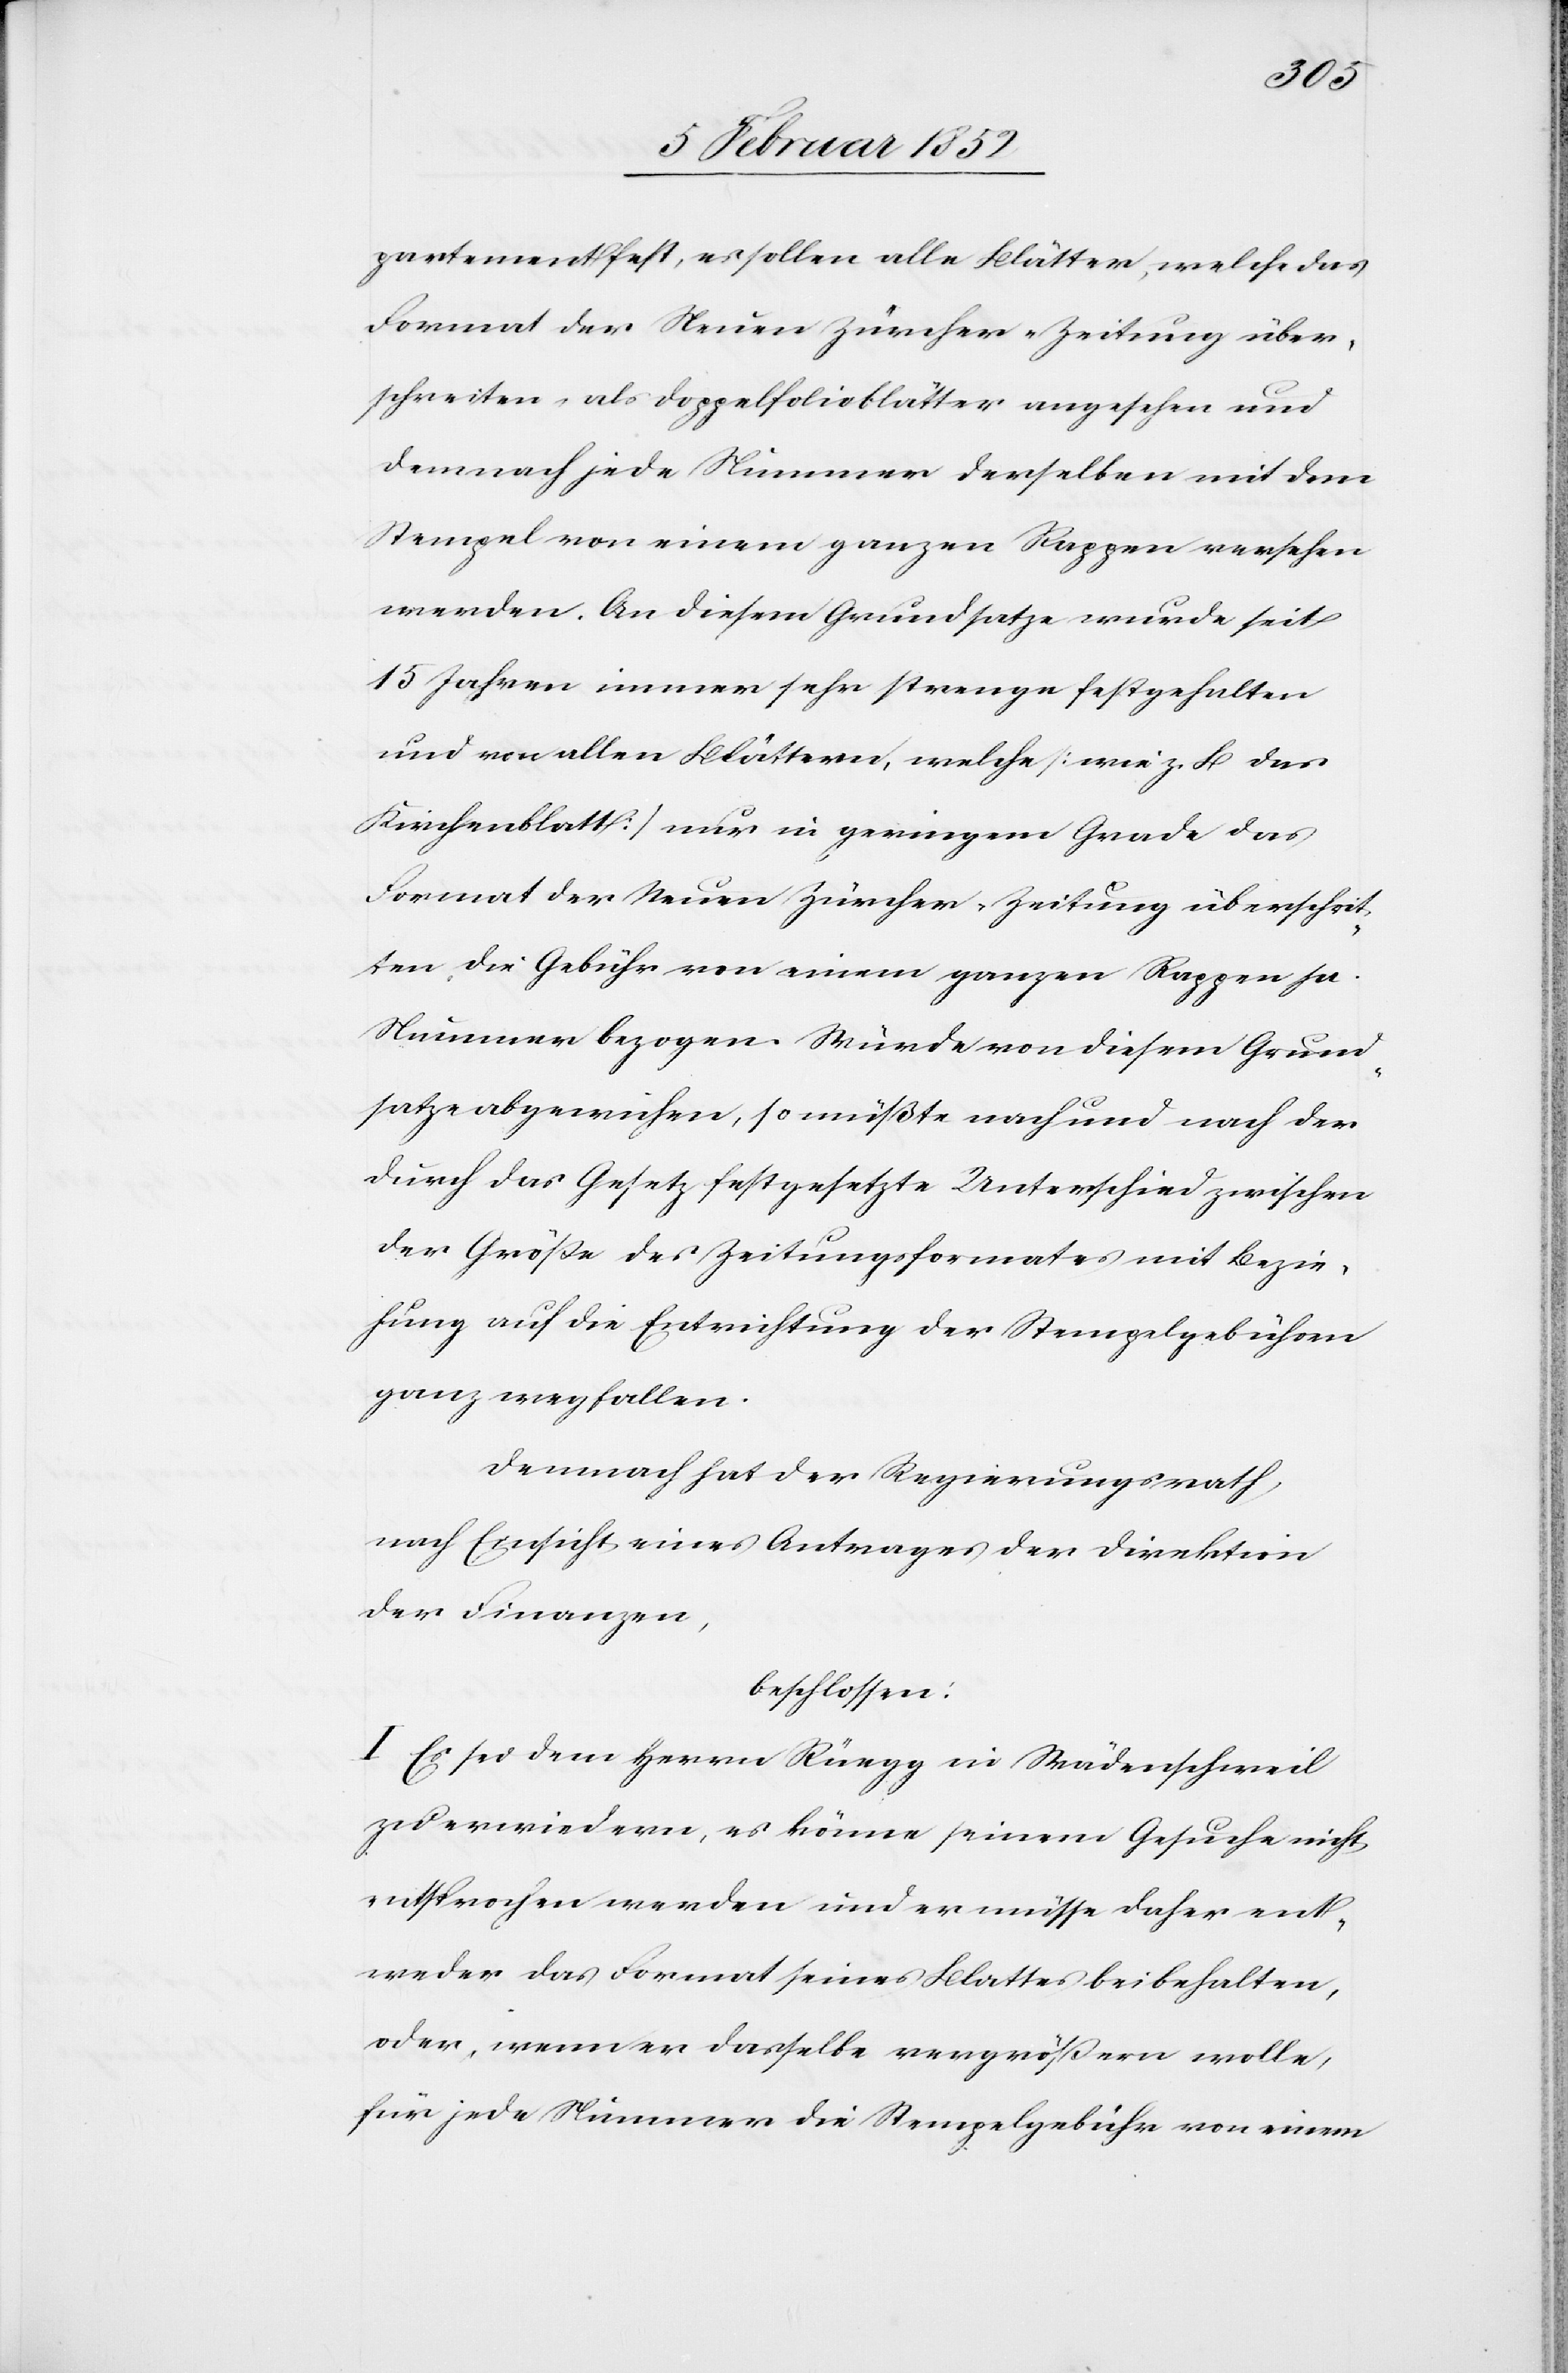
partement fest, es sollen alle Blätter, welche das
Format der Neuen Zürcher-Zeitung über¬
schreiten als Doppelfolioblätter angesehen und
demnach jede Nummer derselben mit dem
Stempel von einem ganzen Rappen versehen
werden. An diesem Grundsatze wurde seit
15 Jahren immer sehr strenge festgehalten
und von allen Blättern, welche [wie z. B. das
Kirchenblatt] nur in geringem Grade das
Format der Neuen Zürcher-Zeitung überschrit¬
ten, die Gebühr von einem ganzen Rappen pr.
Nummer bezogen. Würde von diesem Grund¬
satze abgewichen, so müßte nach und nach der
durch das Gesetz festgesetzte Unterschied zwischen
der Größe des Zeitungsformates mit Bezie¬
hung auf die Entrichtung der Stempelgebühren
ganz wegfallen.
Demnach hat der Regierungsrath,
nach Einsicht eines Antrages der Direktion
der Finanzen,
beschlossen:
I Es sei dem Herrn Rüegg in Wädenschweil
zu erwiedern, es könne seinem Gesuche nicht
entsprochen werden und er müsse daher ent¬
weder das Format seines Blattes beibehalten,
oder, wenn er dasselbe vergrößern wolle,
für jede Nummer die Stempelgebühr von einem